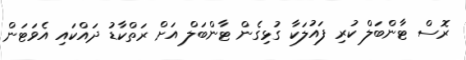
ރޮސް ޓާންބަލް ކުރި ފައުލަކާ ގުޅިގެން ޓާންބަލް އަށް ރަތްކާޑު ދައްކައި އެވަޓަން